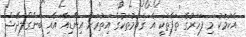
އެކަމަކު މި ފަހަރުގެ ތަފާތަކީ އެ ގައުމުތަކުގެ އިތުރަށް އިންޑިއާ އާއި ބަންގްލަދޭޝް